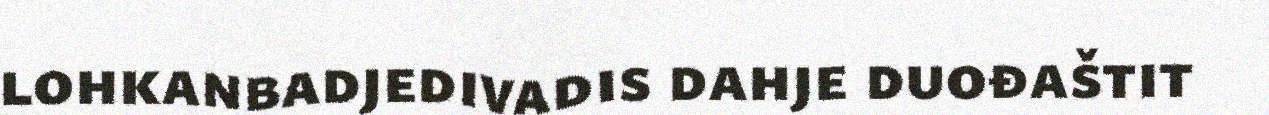
lohkanbadjedivadis dahje duođaštit